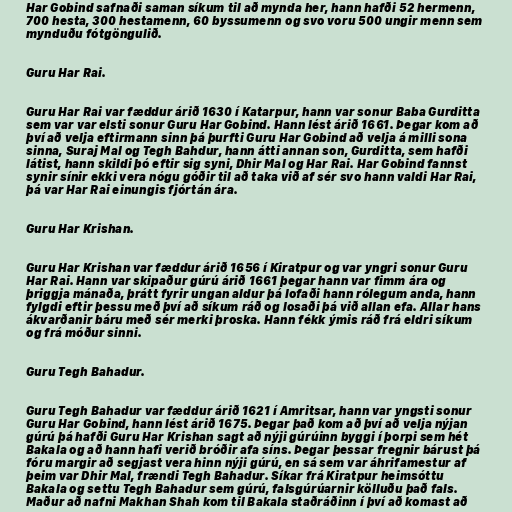
Har Gobind safnaði saman síkum til að mynda her, hann hafði 52 hermenn,
700 hesta, 300 hestamenn, 60 byssumenn og svo voru 500 ungir menn sem
mynduðu fótgöngulið.

Guru Har Rai.

Guru Har Rai var fæddur árið 1630 í Katarpur, hann var sonur Baba Gurditta
sem var var elsti sonur Guru Har Gobind. Hann lést árið 1661. Þegar kom að
því að velja eftirmann sinn þá þurfti Guru Har Gobind að velja á milli sona
sinna, Suraj Mal og Tegh Bahdur, hann átti annan son, Gurditta, sem hafði
látist, hann skildi þó eftir sig syni, Dhir Mal og Har Rai. Har Gobind fannst
synir sínir ekki vera nógu góðir til að taka við af sér svo hann valdi Har Rai,
þá var Har Rai einungis fjórtán ára.

Guru Har Krishan.

Guru Har Krishan var fæddur árið 1656 í Kiratpur og var yngri sonur Guru
Har Rai. Hann var skipaður gúrú árið 1661 þegar hann var fimm ára og
þriggja mánaða, þrátt fyrir ungan aldur þá lofaði hann rólegum anda, hann
fylgdi eftir þessu með því að síkum ráð og losaði þá við allan efa. Allar hans
ákvarðanir báru með sér merki þroska. Hann fékk ýmis ráð frá eldri síkum
og frá móður sinni.

Guru Tegh Bahadur.

Guru Tegh Bahadur var fæddur árið 1621 í Amritsar, hann var yngsti sonur
Guru Har Gobind, hann lést árið 1675. Þegar það kom að því að velja nýjan
gúrú þá hafði Guru Har Krishan sagt að nýji gúrúinn byggi í þorpi sem hét
Bakala og að hann hafi verið bróðir afa síns. Þegar þessar fregnir bárust þá
fóru margir að segjast vera hinn nýji gúrú, en sá sem var áhrifamestur af
þeim var Dhir Mal, frændi Tegh Bahadur. Síkar frá Kiratpur heimsóttu
Bakala og settu Tegh Bahadur sem gúrú, falsgúrúarnir kölluðu það fals.
Maður að nafni Makhan Shah kom til Bakala staðráðinn í því að komast að